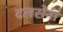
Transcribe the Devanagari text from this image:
दलसेना